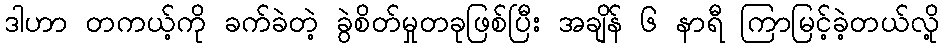
ဒါဟာ တကယ့်ကို ခက်ခဲတဲ့ ခွဲစိတ်မှုတခုဖြစ်ပြီး အချိန် ၆ နာရီ ကြာမြင့်ခဲ့တယ်လို့